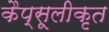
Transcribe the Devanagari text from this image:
कैप्सूलीकृत